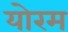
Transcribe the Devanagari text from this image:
योरम